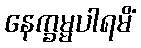
နေက္ခမ္မပါရမိံ